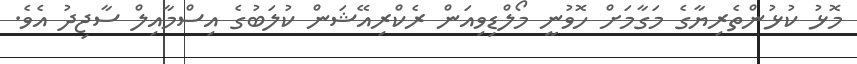
މޮޅު ކުޅުންތެރިޔާގެ މަގާމަށް ހޮވުނީ މޯލްޑިވިއަން ރެކްރިއޭޝަން ކުލަބުގެ އިސްމާއިލް ސާޖިދު އެވެ.